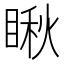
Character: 瞅